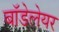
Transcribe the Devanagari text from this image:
बॉडेलेयर